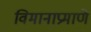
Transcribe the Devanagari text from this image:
विमानाप्रमाणे